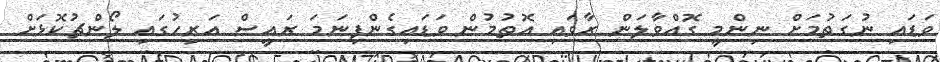
ވަޑައި ނުގަތުމަށް ނިންމީ ގޮއްވާލަން ރާވައި އޮތުމުން ވަޑައިގެންފިނަމަ ރައީސް އަރިހުގައި ލޯންޗުކޮޅަށް